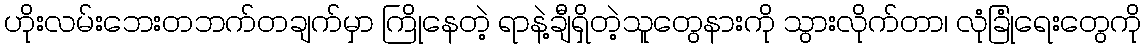
ဟိုးလမ်းဘေးတဘက်တချက်မှာ ကြိုနေတဲ့ ရာနဲ့ချီရှိတဲ့သူတွေနားကို သွားလိုက်တာ၊ လုံခြုံရေးတွေကို